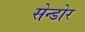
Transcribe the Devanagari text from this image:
सेन्डोर